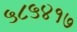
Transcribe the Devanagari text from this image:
५८५४१७